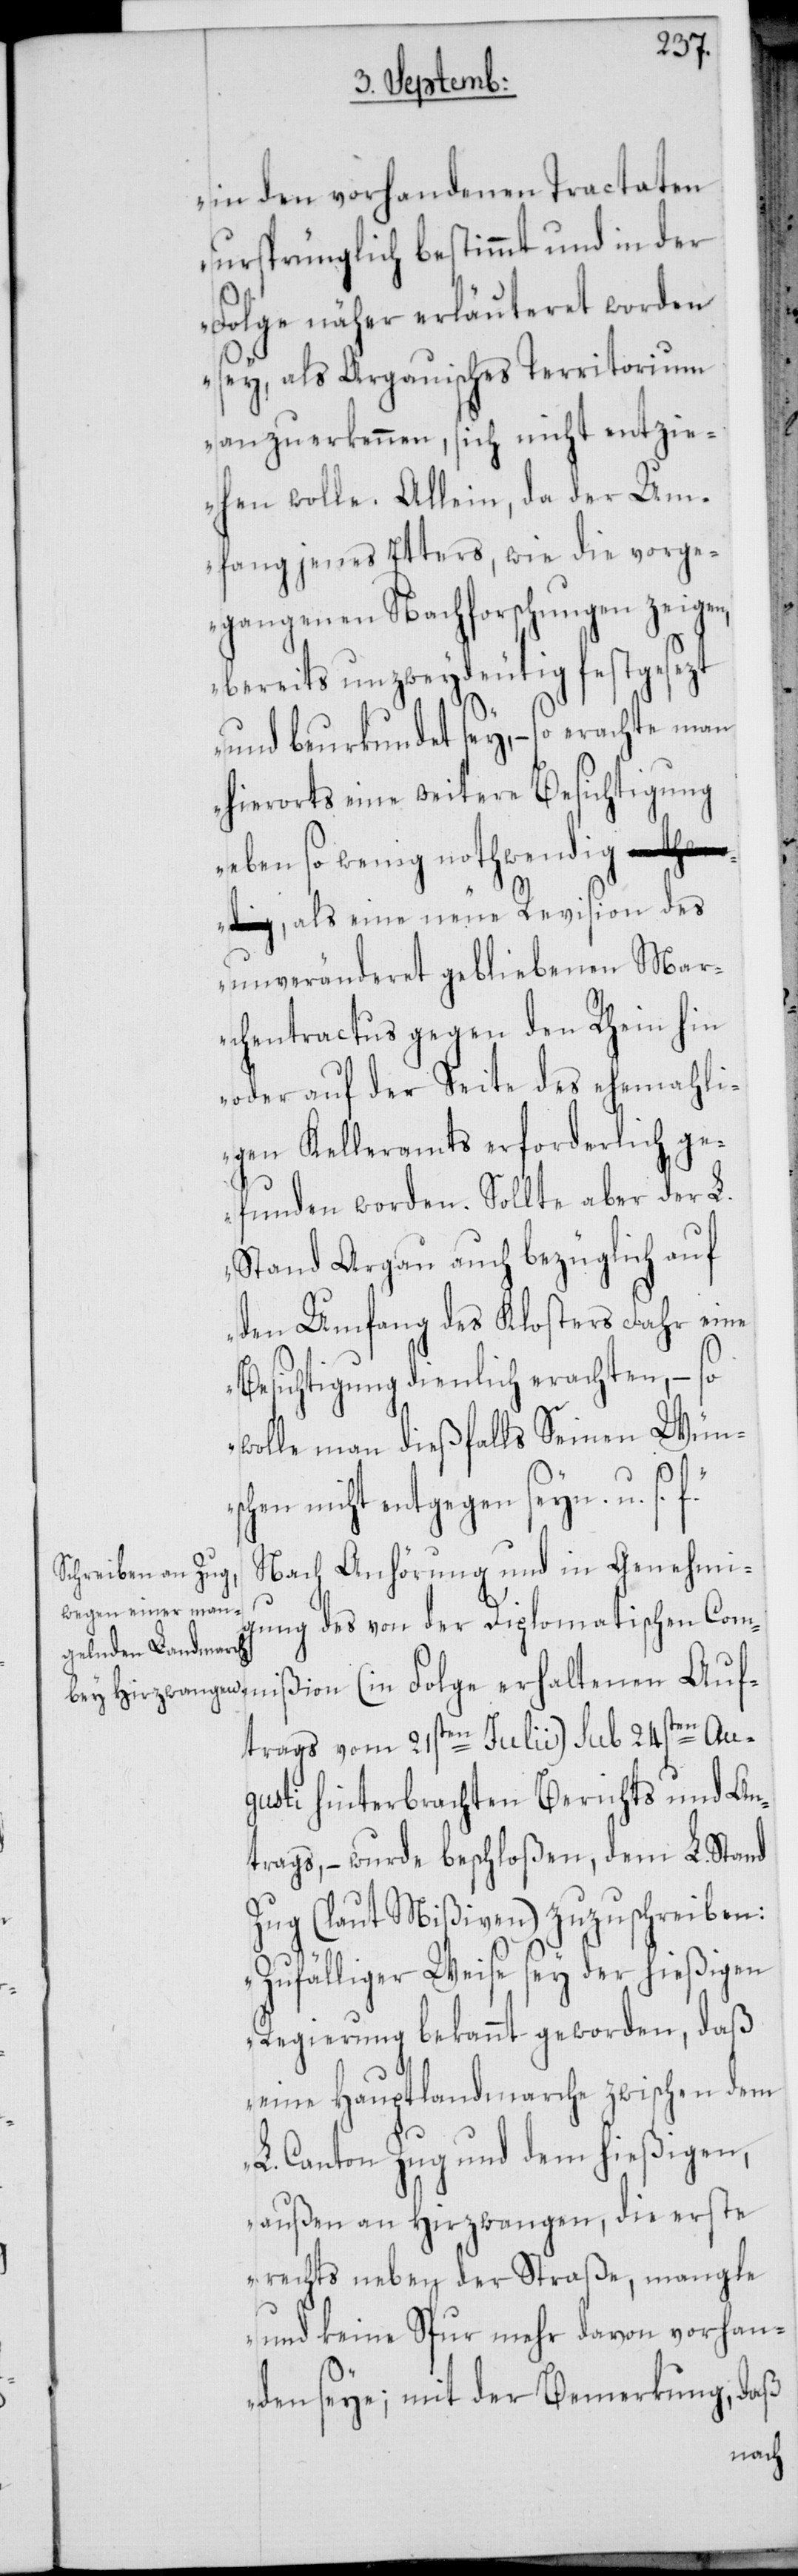
in den vorhandenen Tractaten
ursprünglich bestimmt und in der
Folge näher erläuteret worden
sey, als Argauisches Territorium
anzuerkennen, sich nicht entzie¬
hen wolle. Allein, da der Um¬
fang jenes Etters, wie die vorge¬
gangenen Nachforschungen zeigen,
bereits unzweydeutig festgesezt
und beurkundet sey, – so erachte man
hierorts eine weitere Besichtigung
eben so wenig nothwen¬
dig, als eine neue Revision des
unveränderet gebliebenen Mar¬
chentractus gegen den Rhein hin
oder auf der Seite des ehemahli¬
gen Kelleramts erforderlich ge¬
funden worden. Sollte aber der L.
Stand Argau auch bezüglich auf
den Umfang des Klosters Fahr eine
Besichtigung dienlich erachten, – so
wolle man dießfalls Seinen Wünsc¬
hen nicht entgegen seyn. u. s.
Nach Anhörung und in Genehmig¬
ung des von der Diplomatischen Com¬
mißion (in Folge erhaltenen Auf¬
trags vom 21sten Julii) sub 24sten Au¬
gusti hinterbrachten Berichts und An¬
trags, – wurde beschloßen, dem L. Stand
Zug (laut Mißiven) zuzuschreiben:
„Zufälliger Weise sey der hießigen
Regierung bekannt geworden, daß
eine Hauptlandmarche zwischen dem
L. Canton Zug und dem hießigen,
außen an Hirzwangen, die erste
rechts neben der Straße, mangle
und keine Spur mehr davon vorhan¬
den seye; mit der Bemerkung, daß